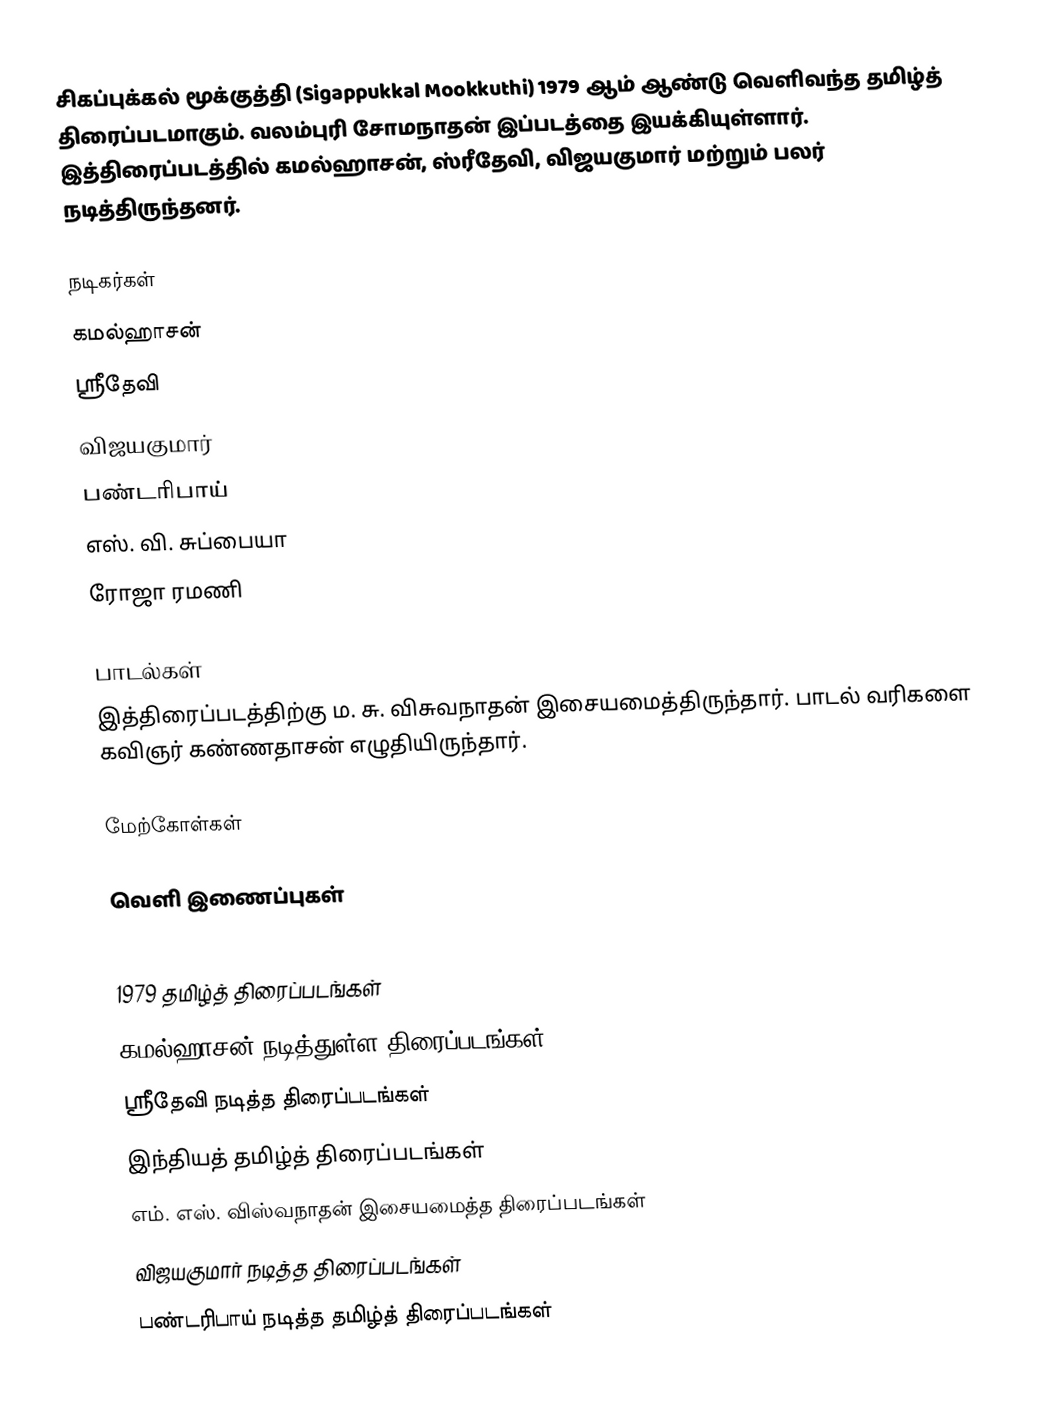
சிகப்புக்கல் மூக்குத்தி (Sigappukkal Mookkuthi) 1979 ஆம் ஆண்டு வெளிவந்த தமிழ்த் திரைப்படமாகும். வலம்புரி சோமநாதன் இப்படத்தை இயக்கியுள்ளார். இத்திரைப்படத்தில் கமல்ஹாசன், ஸ்ரீதேவி, விஜயகுமார் மற்றும் பலர் நடித்திருந்தனர்.

நடிகர்கள்
 கமல்ஹாசன்
 ஸ்ரீதேவி
 விஜயகுமார்
 பண்டரிபாய்
 எஸ். வி. சுப்பையா
 ரோஜா ரமணி

பாடல்கள்
இத்திரைப்படத்திற்கு ம. சு. விசுவநாதன் இசையமைத்திருந்தார். பாடல் வரிகளை கவிஞர் கண்ணதாசன் எழுதியிருந்தார்.

மேற்கோள்கள்

வெளி இணைப்புகள்

1979 தமிழ்த் திரைப்படங்கள்
கமல்ஹாசன் நடித்துள்ள திரைப்படங்கள்
ஸ்ரீதேவி நடித்த திரைப்படங்கள்
இந்தியத் தமிழ்த் திரைப்படங்கள்
எம். எஸ். விஸ்வநாதன் இசையமைத்த திரைப்படங்கள்
விஜயகுமார் நடித்த திரைப்படங்கள்
பண்டரிபாய் நடித்த தமிழ்த் திரைப்படங்கள்